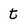
Character: t